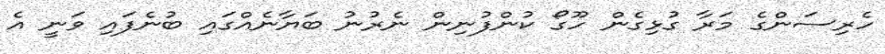
ހެރިސަންގެ މަރާ ގުޅިގެން ހޫގޯ ކުންފުނިން ނެރުނު ބަޔާނެއްގައި ބުނެފައި ވަނީ އެ